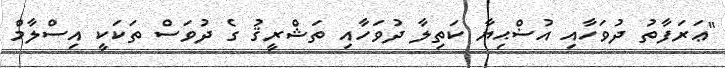
"ޢަރަފާތު ދުވަހާއި އުޟްޙިޔާ ކަތިލާ ދުވަހާއި ތަޝްރީޤު ގެ ދުވަސް ތަކަކީ އިސްލާމް